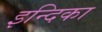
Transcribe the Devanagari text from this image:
इन्दिका